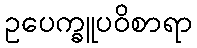
ဥပေက္ခူပဝိစာရာ